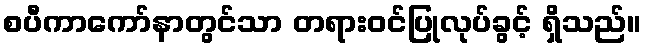
စပီကာကော်နာတွင်သာ တရားဝင်ပြုလုပ်ခွင့် ရှိသည်။